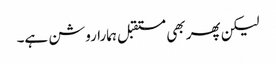
لیکن پھر بھی مستقبل ہمارا روشن ہے۔